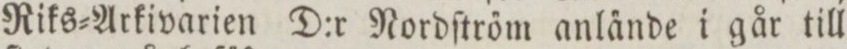
Riks=Arkivarien D:r Nordſtrőm anla̋nde i går till